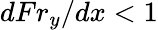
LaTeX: {dFr_{y}}/{dx}<1